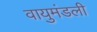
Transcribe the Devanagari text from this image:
वायुमंडली